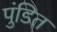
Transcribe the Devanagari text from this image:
पुंडित